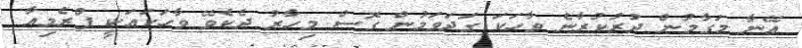
އޭނާ މަގާމުން ދުރުކުރާނެ ވާހަކަ ގަދަވަމުން ގޮސް މިހާރު ދެކެވޭ ވާހަކައަކީ ޕްރެމިއާ